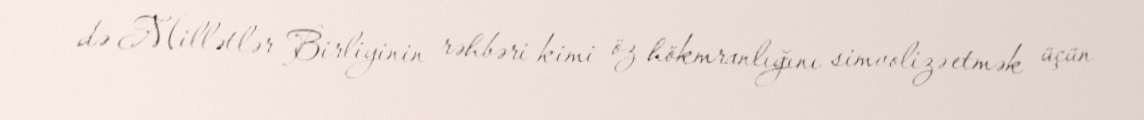
də Millətlər Birliyinin rəhbəri kimi öz hökmranlığını simvolizə etmək üçün